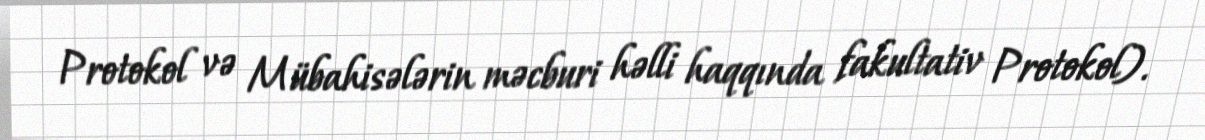
Protokol və Mübahisələrin məcburi həlli haqqında fakultativ Protokol).